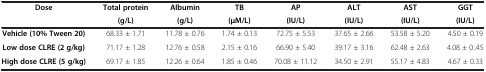
<table><thead><tr><td rowspan="2"><b>Dose</b></td><td><b>Total protein</b></td><td><b>Albumin</b></td><td><b>TB</b></td><td><b>AP</b></td><td><b>ALT</b></td><td><b>AST</b></td><td><b>GGT</b></td></tr><tr><td><b>(g/L)</b></td><td><b>(g/L)</b></td><td><b>(μM/L)</b></td><td><b>(IU/L)</b></td><td><b>(IU/L)</b></td><td><b>(IU/L)</b></td><td><b>(IU/L)</b></td></tr></thead><tbody><tr><td><b>Vehicle (10% Tween 20)</b></td><td>68.33 ± 1.71</td><td>11.78 ± 0.76</td><td>1.74 ± 0.13</td><td>72.75 ± 5.53</td><td>37.65 ± 2.66</td><td>53.58 ± 5.20</td><td>4.50 ± 0.19</td></tr><tr><td><b>Low dose CLRE (2 g/kg)</b></td><td>71.17 ± 1.28</td><td>12.76 ± 0.58</td><td>2.15 ± 0.16</td><td>66.90 ± 5.40</td><td>39.17 ± 3.16</td><td>62.48 ± 2.63</td><td>4.08 ± 0..45</td></tr><tr><td><b>High dose CLRE (5 g/kg)</b></td><td>69.17 ± 1.85</td><td>12.26 ± 0.64</td><td>1.85 ± 0.46</td><td>70.08 ± 11.12</td><td>34.50 ± 2.91</td><td>55.17 ± 4.83</td><td>4.67 ± 0.33</td></tr></tbody></table>